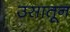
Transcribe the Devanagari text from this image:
उसातून